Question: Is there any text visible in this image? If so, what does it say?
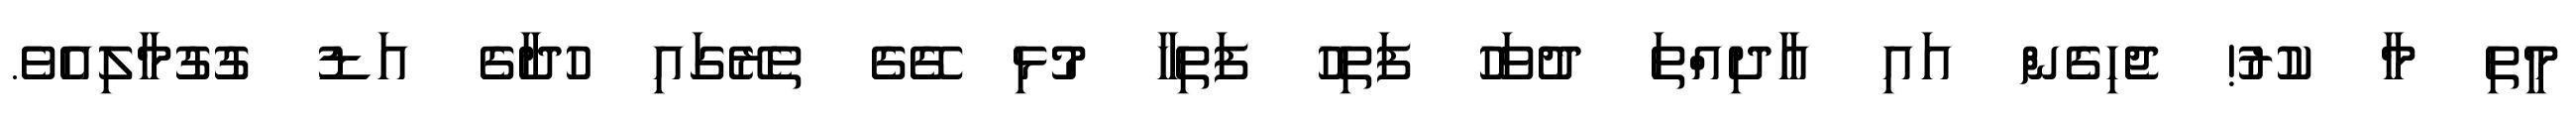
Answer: މީތި މާ ކުރު! ޖެހިގެން އައި އާދިއްތަ ދުވަހު ފަތިހު ފަތިހާ މުޅި ގޭގެ ތެރޭގައި ހުދާގެ އަޑު ގުގުމާލިއެވެ.